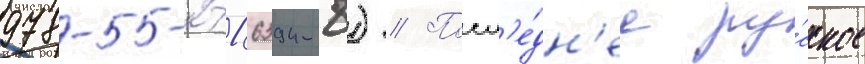
978-5-271-36394-8) // Посл'е́дн'ее ру́сское